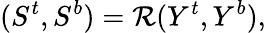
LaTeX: (S^{t},S^{b})=\mathcal{R}(Y^{t},Y^{b}),